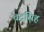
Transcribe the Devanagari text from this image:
चंद्रसिह